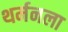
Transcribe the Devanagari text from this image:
थर्मनला